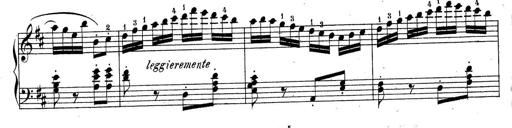
Title: Sonatine No.3
Composer: Peter Piel
Key: D major